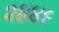
૨૪૪૯